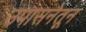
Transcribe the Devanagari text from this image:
उपासनेतून